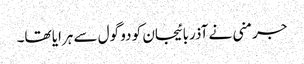
جرمنی نے آذربائیجان کو دو گول سے ہرایا تھا۔